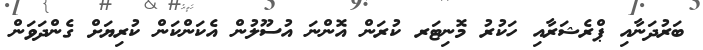
ބަރުދަނާއި ޕްރެޝަރާއި ހަކުރު މޮނިޓަރ ކުރަން އޮންނަ އުސޫލުން އެކަންކަން ކުރިޔަށް ގެންދަވަން